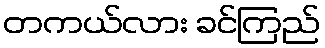
တကယ်လား ခင်ကြည်